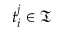
t _ { i } ^ { j } \in \mathfrak { T }